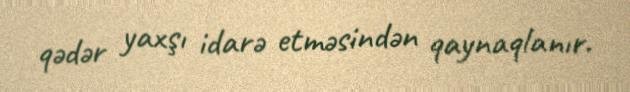
qədər yaxşı idarə etməsindən qaynaqlanır.